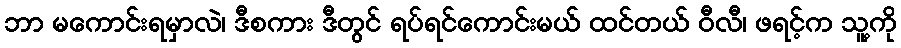
ဘာ မကောင်းရမှာလဲ၊ ဒီစကား ဒီတွင် ရပ်ရင်ကောင်းမယ် ထင်တယ် ဝီလီ၊ ဖရင့်က သူ့ကို